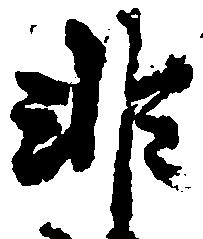
非